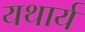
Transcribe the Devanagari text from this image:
यथार्य